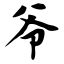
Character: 爷